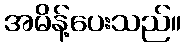
အမိန့်ပေးသည်။